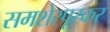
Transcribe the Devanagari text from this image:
समशेरपूरकर